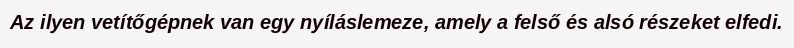
Az ilyen vetítőgépnek van egy nyíláslemeze, amely a felső és alsó részeket elfedi.